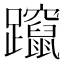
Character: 躥